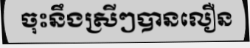
ចុះនឹងស្រីៗបានលឿន